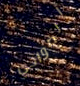
الضواحي